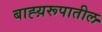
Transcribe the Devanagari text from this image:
बाह्य़रूपातील